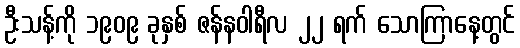
ဦးသန့်ကို ၁၉၀၉ ခုနှစ် ဇန်နဝါရီလ ၂၂ ရက် သောကြာနေ့တွင်